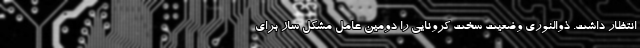
انتظار داشت‌. ذوالنوری وضعیت سخت کرونایی را دومین عامل مشکل ساز برای